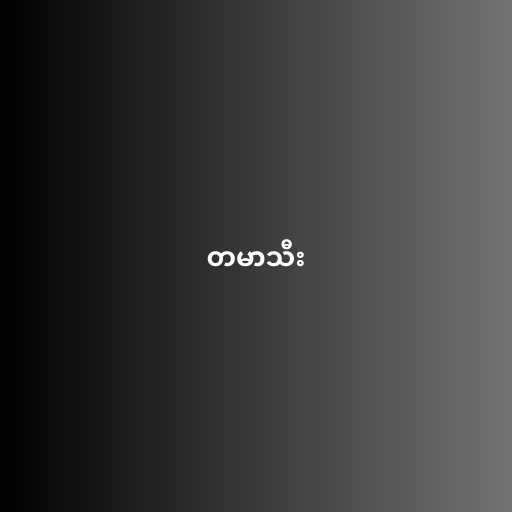
တမာသီး